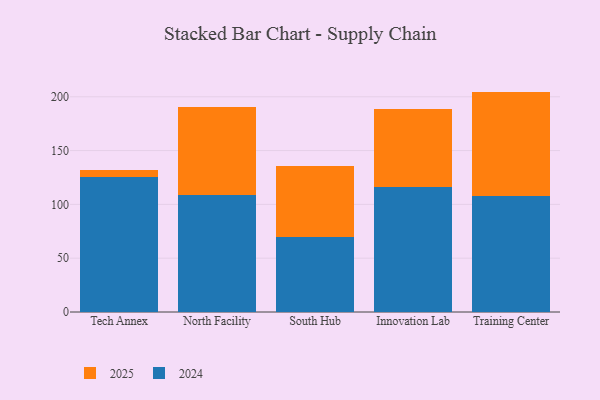
{"axis": {"x": "Campus", "y": "Waste Production (Tons)"}, "legend": ["2024", "2025"], "data": [{"x": "Tech Annex", "y": 125.2, "type": "2024"}, {"x": "Tech Annex", "y": 7.0, "type": "2025"}, {"x": "North Facility", "y": 108.6, "type": "2024"}, {"x": "North Facility", "y": 82.2, "type": "2025"}, {"x": "South Hub", "y": 69.4, "type": "2024"}, {"x": "South Hub", "y": 66.4, "type": "2025"}, {"x": "Innovation Lab", "y": 115.9, "type": "2024"}, {"x": "Innovation Lab", "y": 73.2, "type": "2025"}, {"x": "Training Center", "y": 107.5, "type": "2024"}, {"x": "Training Center", "y": 97.3, "type": "2025"}]}